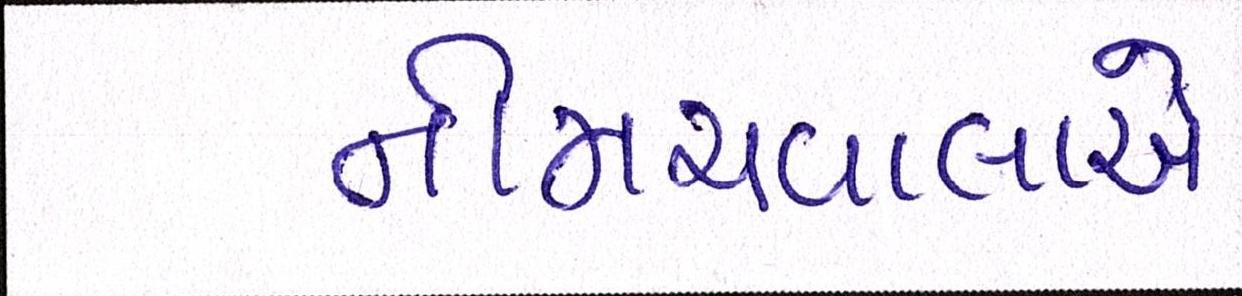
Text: નીમચવાલાએ